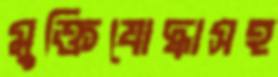
মুক্তিযোদ্ধাসহ